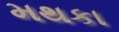
મથકા